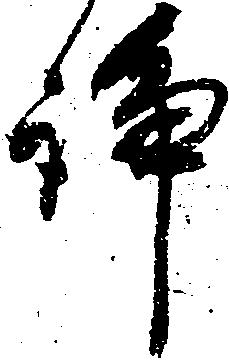
諍